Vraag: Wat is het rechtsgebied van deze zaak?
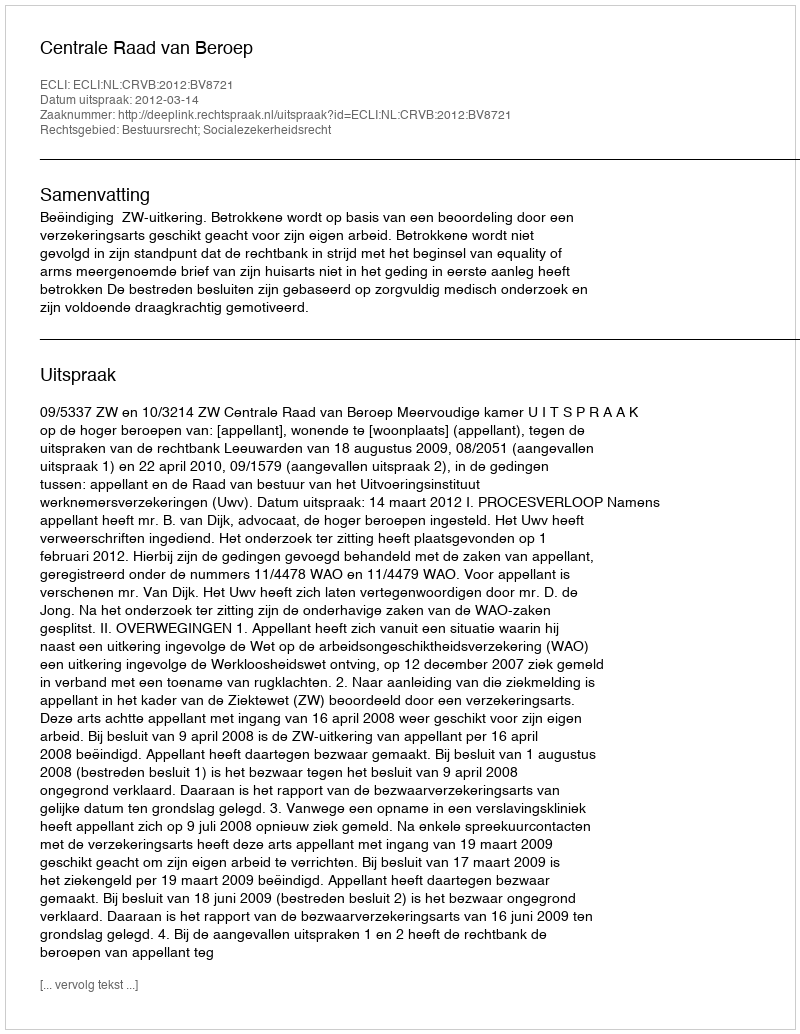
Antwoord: Bestuursrecht; Socialezekerheidsrecht